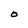
Character: O